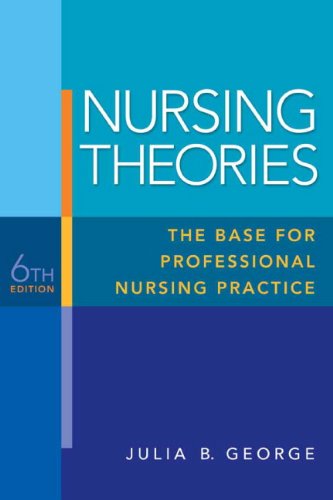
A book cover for Nursing Theories: The Base for Professional Nursing Practice (6th Edition); Julia B. George; Medical Books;